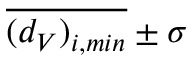
\overline { { ( d _ { V } ) _ { i , m i n } } } \pm \sigma